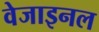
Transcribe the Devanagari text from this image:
वेजाइनल